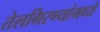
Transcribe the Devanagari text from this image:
तेलगिरण्यांमध्ये